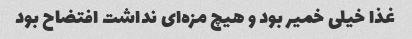
غذا خیلی خمیر بود و هیچ مزه‌ای نداشت افتضاح بود